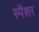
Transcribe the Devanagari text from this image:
स्पेंशर